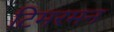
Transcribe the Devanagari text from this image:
टिमरमन